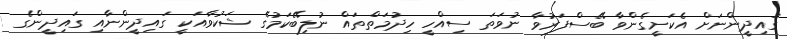
ގައިދީންނަށް އެކަށީގެންވާ ބޭސްފަރުވާ ނުވަތަ ސިއްހީ ހިދުމަތްތައް ނުލިބޭކަމުގެ ޝަކުވާއަކީ ގައިދީންނާއި ގައިދީންގެ